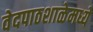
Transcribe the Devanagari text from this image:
वेदपाठशाळेमध्ये